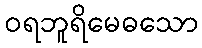
ဝရဘူရိမေဓသော